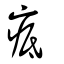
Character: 疷